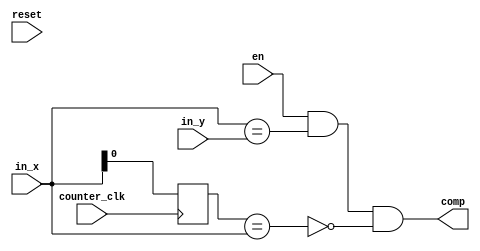
module comparator (
    input counter_clk,
    input [6:0] in_x, in_y,
    input en,
    input reset, //default to zero
    output comp
);

    // reg to store delayed signal (value from last clock cycle)
    reg in_x_d;
    wire x_stable, y_eq_x;

    assign x_stable = (in_x_d==in_x);
    assign y_eq_x   = (in_x==in_y);
    assign comp = (en && (y_eq_x) && !(x_stable));

    always @(posedge counter_clk)begin
        in_x_d <= in_x;
    end

endmodule